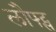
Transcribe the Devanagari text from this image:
लौफ्ट्स